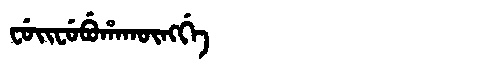
Manchu: ᠸᡠᡳᠸᡠᠪᡠᡥᠠᡴᡡᠩᡤᡝ
Romanization: FUIFUBUHAKŪNGGE